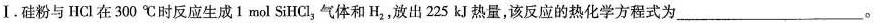
Ⅰ.硅粉与HCl在300^{\circ}C时反应生成1 mol SiHCl_{3}气体和H_{2}，放出225kJ热量，该反应的热化学方程式为___。